Civil Veterinary Department Bihar & Orissa reports 1929-36 - 1929-1936
Year: 1929
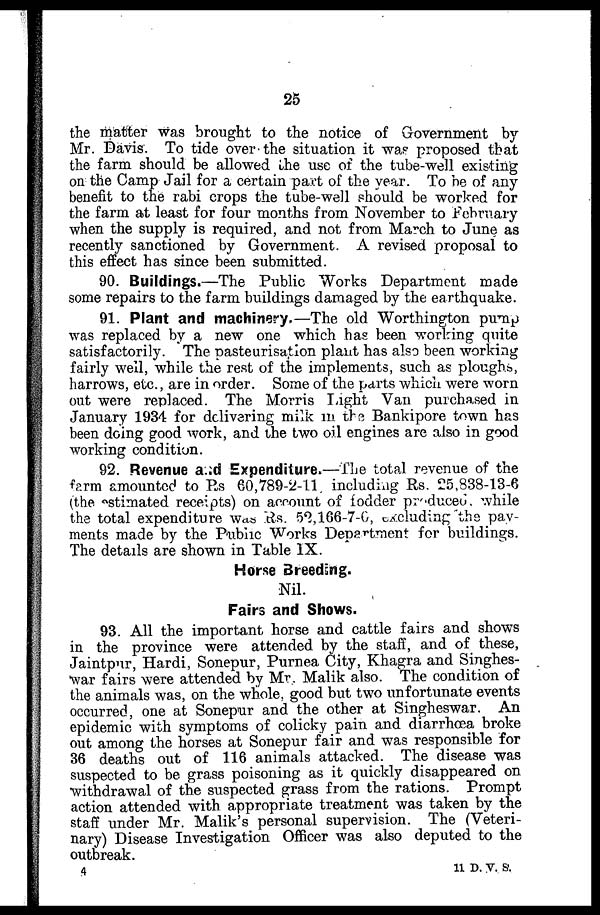
25
the matter was brought to the notice of Government bv
Mr. Davis. To tide over the situation it was proposed that
the farm should be allowed the use of the tube-well existing
on the Camp Jail for a certain part of the year. To be of any
benefit to the rabi crops the tube-well should be worked for
the farm at least for four months from November to February
when the supply is required, and not from March to June as
recently sanctioned by Government. A revised proposal to
this effect has since been submitted.
90. Buildings.—The Public Works Department made
some repairs to the farm buildings damaged by the earthquake.
91. Plant and machinery.—The old Worthington pump
was replaced by a new one which has been working quite
satisfactorily. The pasteurisation plant has also been working
fairly well, while the rest of the implements, such as ploughs,
harrows, etc., are in order. Some of the parts which were worn
out were replaced. The Morris Tight Van purchased in
January 1934 for delivering milk in the Bankipore town has
been doing good work, and the two oil engines are also in good
working condition.
92. Revenue and Expenditure.—The total revenue of the
farm amounted to Rs 60,789-2-11. including Rs. 25,838-13-6
(the estimated receipts) on account of fodder produced. while
the total expenditure was Rs. 52,166-7-0, excluding the pav-
ments made by the Public Works Department for buildings.
The details are shown in Table IX.
Horse Breeding.
Nil.
Fairs and Shows.
93. All the important horse and cattle fairs and shows
in the province were attended by the staff, and of these,
Jaintpur, Hardi, Sonepur, Purnea City, Khagra and Singhes-
war fairs were attended by Mr. Malik also. The condition of
the animals was, on the whole, good but two unfortunate events
occurred, one at Sonepur and the other at Singheswar. An
epidemic with symptoms of colicky pain and diarrhoea broke
out among the horses at Sonepur fair and was responsible for
36 deaths out of 116 animals attacked. The disease was
suspected to be grass poisoning as it quickly disappeared on
withdrawal of the suspected grass from the rations. Prompt
action attended with appropriate treatment was taken by the
staff under Mr. Malik's personal supervision. The (Veteri-
nary) Disease Investigation Officer was also deputed to the
outbreak.
4
11 D. V. S.